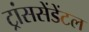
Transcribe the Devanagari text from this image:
ट्रांससेंडेंटल